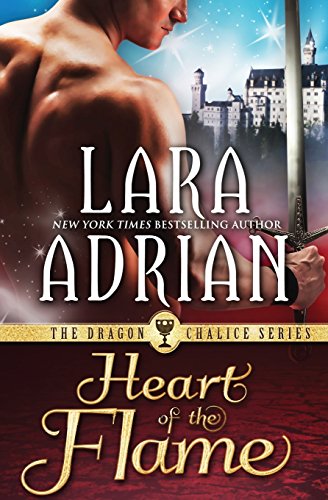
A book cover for Heart of the Flame; Lara Adrian; Romance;